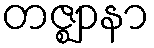
တဇ္ဈာနာ